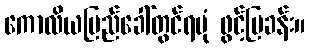
ကောလိယပြည်ခေါ်တွင်ရပုံ ဖွင့်ပြခန်း။